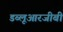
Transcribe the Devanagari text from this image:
डब्लूआरजीबी